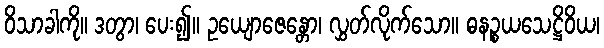
ဝိသာခါကို။ ဒတွာ၊ ပေး၍။ ဥယျောဇေန္တော၊ လွှတ်လိုက်သော။ ဓနဉ္စယသေဋ္ဌိဝိယ၊